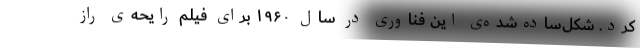
کرد. شکل‌ساده‌شده‌ی این فناوری در سال ۱۹۶۰ برای فیلم رایحه‌ی راز